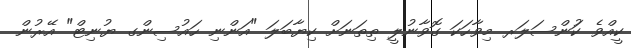
ކީއްވެ ކަުންސަލަރ މިވާހަކަ ގޮވާނުލީ ތިތަނަށް ކިޔާބަލަ "އަންނި ހައުސިންގ ޔުނިޓް" އޭރުން